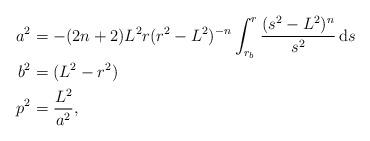
LaTeX: \begin{align*}a^2 &= -(2n+2)L^2r(r^2-L^2)^{-n}\int_{r_b}^r \frac{(s^2-L^2)^n}{s^2} \, \mathrm{d}s \\b^2 &=(L^2-r^2) \\p^2 &= \frac{L^2}{a^2},\end{align*}